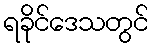
ရခိုင်ဒေသတွင်